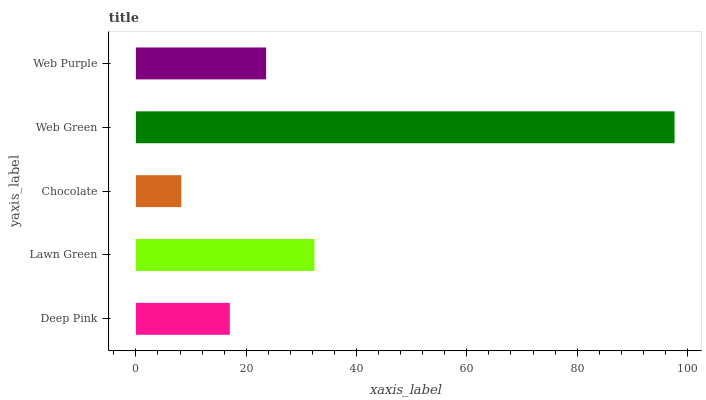
| yaxis_label | bars |
 | --- | --- |
 | Deep Pink | 17 |
 | Lawn Green | 32.4 |
 | Chocolate | 8.24 |
 | Web Green | 97.7 |
 | Web Purple | 23.6 |